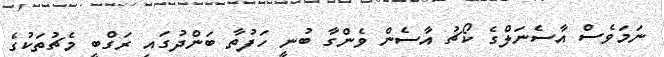
ނަމަވެސް އާސެނަލްގެ ކޯޗު އާސެން ވެންގާ ބުނީ ހަފުތާ ބަންދުގައި ރަގްބީ މެޗުތަކުގެ